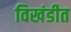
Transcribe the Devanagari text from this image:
विखंडीत